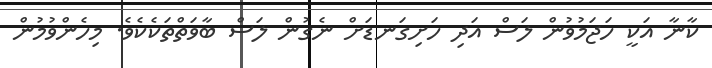
ކާނާ އަކީ ހަޖަމުވުން ލަސް އަދި ހަށިގަނޑަށް ނެގުން ލަސް ބާވަތްތަކެކެވެ. މިހެންވުމުން